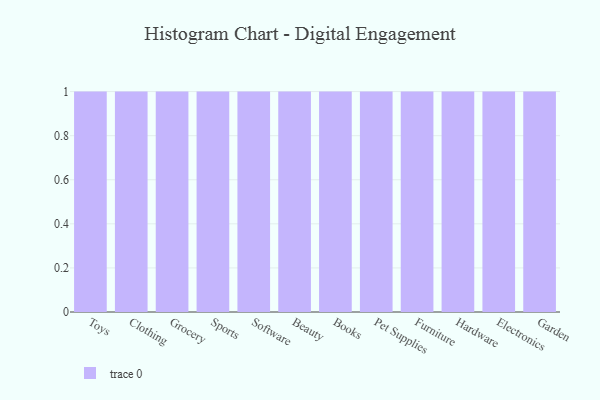
{"axis": {"x": "Category", "y": "Latency (ms)"}, "legend": [""], "data": [{"x": "Toys", "y": 31, "type": ""}, {"x": "Clothing", "y": 94, "type": ""}, {"x": "Grocery", "y": 32, "type": ""}, {"x": "Sports", "y": 75, "type": ""}, {"x": "Software", "y": 20, "type": ""}, {"x": "Beauty", "y": 1, "type": ""}, {"x": "Books", "y": 68, "type": ""}, {"x": "Pet Supplies", "y": 82, "type": ""}, {"x": "Furniture", "y": 96, "type": ""}, {"x": "Hardware", "y": 54, "type": ""}, {"x": "Electronics", "y": 18, "type": ""}, {"x": "Garden", "y": 97, "type": ""}]}